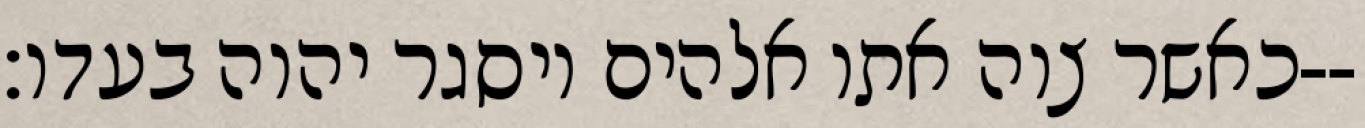
כאשר צוה אתו אלהים ויסגר יהוה בעדו׃--